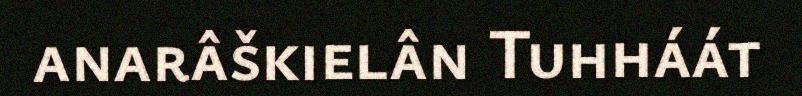
anarâškielân Tuhháát